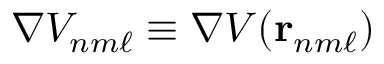
\nabla V _ { n m \ell } \equiv \nabla V ( \mathbf { r } _ { n m \ell } )